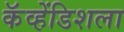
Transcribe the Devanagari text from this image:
कॅव्हेंडिशला